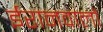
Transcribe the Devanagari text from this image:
ईरानवालों